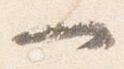
一